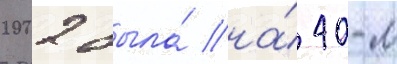
2002 была́ на́ 40-м